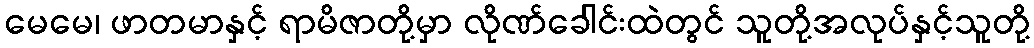
မေမေ၊ ဖာတမာနှင့် ရာမိဇာတို့မှာ လိုဏ်ခေါင်းထဲတွင် သူတို့အလုပ်နှင့်သူတို့